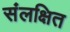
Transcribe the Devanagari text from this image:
संलक्षित